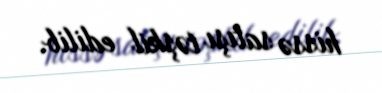
hissə satışı təşkil edilib.